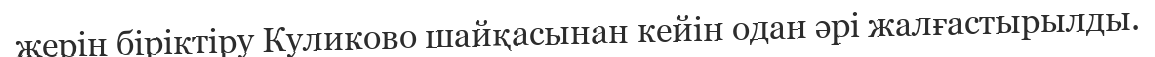
жерін біріктіру Куликово шайқасынан кейін одан әрі жалғастырылды.